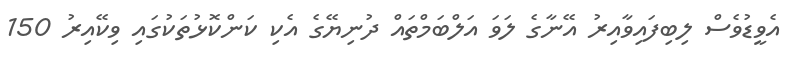
އެވީޑުވެސް ލިބިފައިވާއިރު އޭނާގެ ލަވަ އަލްބަމްތައް ދުނިޔޭގެ އެކި ކަންކޮޅުތަކުގައި ވިކޭއިރު 150